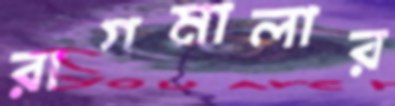
রাগমালার